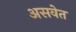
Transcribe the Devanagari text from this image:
असवेत